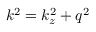
k ^ { 2 } = k _ { z } ^ { 2 } + q ^ { 2 }